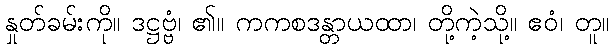
နှုတ်ခမ်းကို။ ဒဋ္ဌဗ္ဗံ၊ ၏။ ကကစဒန္တာယထာ၊ တို့ကဲ့သို့။ ဧဝံ၊ တူ။